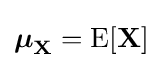
{\boldsymbol {\mu }}_{\mathbf {X} }=\operatorname {E} [{\textbf {X}}]